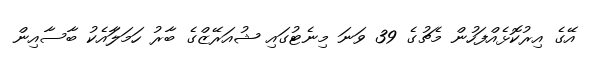
އޭގެ އިރުކޮޅެއްފަހުން މެޗުގެ 39 ވަނަ މިނެޓުގައި ޝުއަރޭޒްގެ ބާރު ހަމަލަާއެކު ބާސާއިން